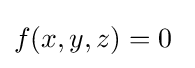
f(x,y,z)=0\